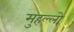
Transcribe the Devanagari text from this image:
मुहल्लो